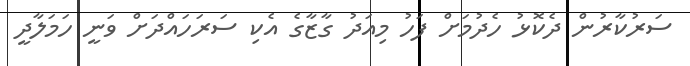
ސަރުކާރުން ދެކޮޅު ހެދުމަށް ފަހު މިއަދު ގާޒާގެ އެކި ސަރަހައްދަށް ވަނީ ހަމަލާދީ